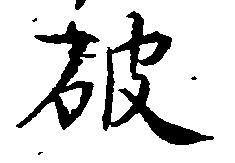
破